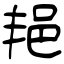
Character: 邫